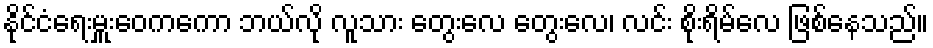
နိုင်ငံရေးမှူးဝေကကော ဘယ်လို လူသား တွေးလေ တွေးလေ၊ လင်း စိုးရိမ်လေ ဖြစ်နေသည်။